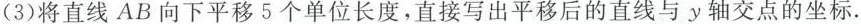
(3)将直线AB向下平移5个单位长度，直接写出平移后的直线与y轴交点的坐标.